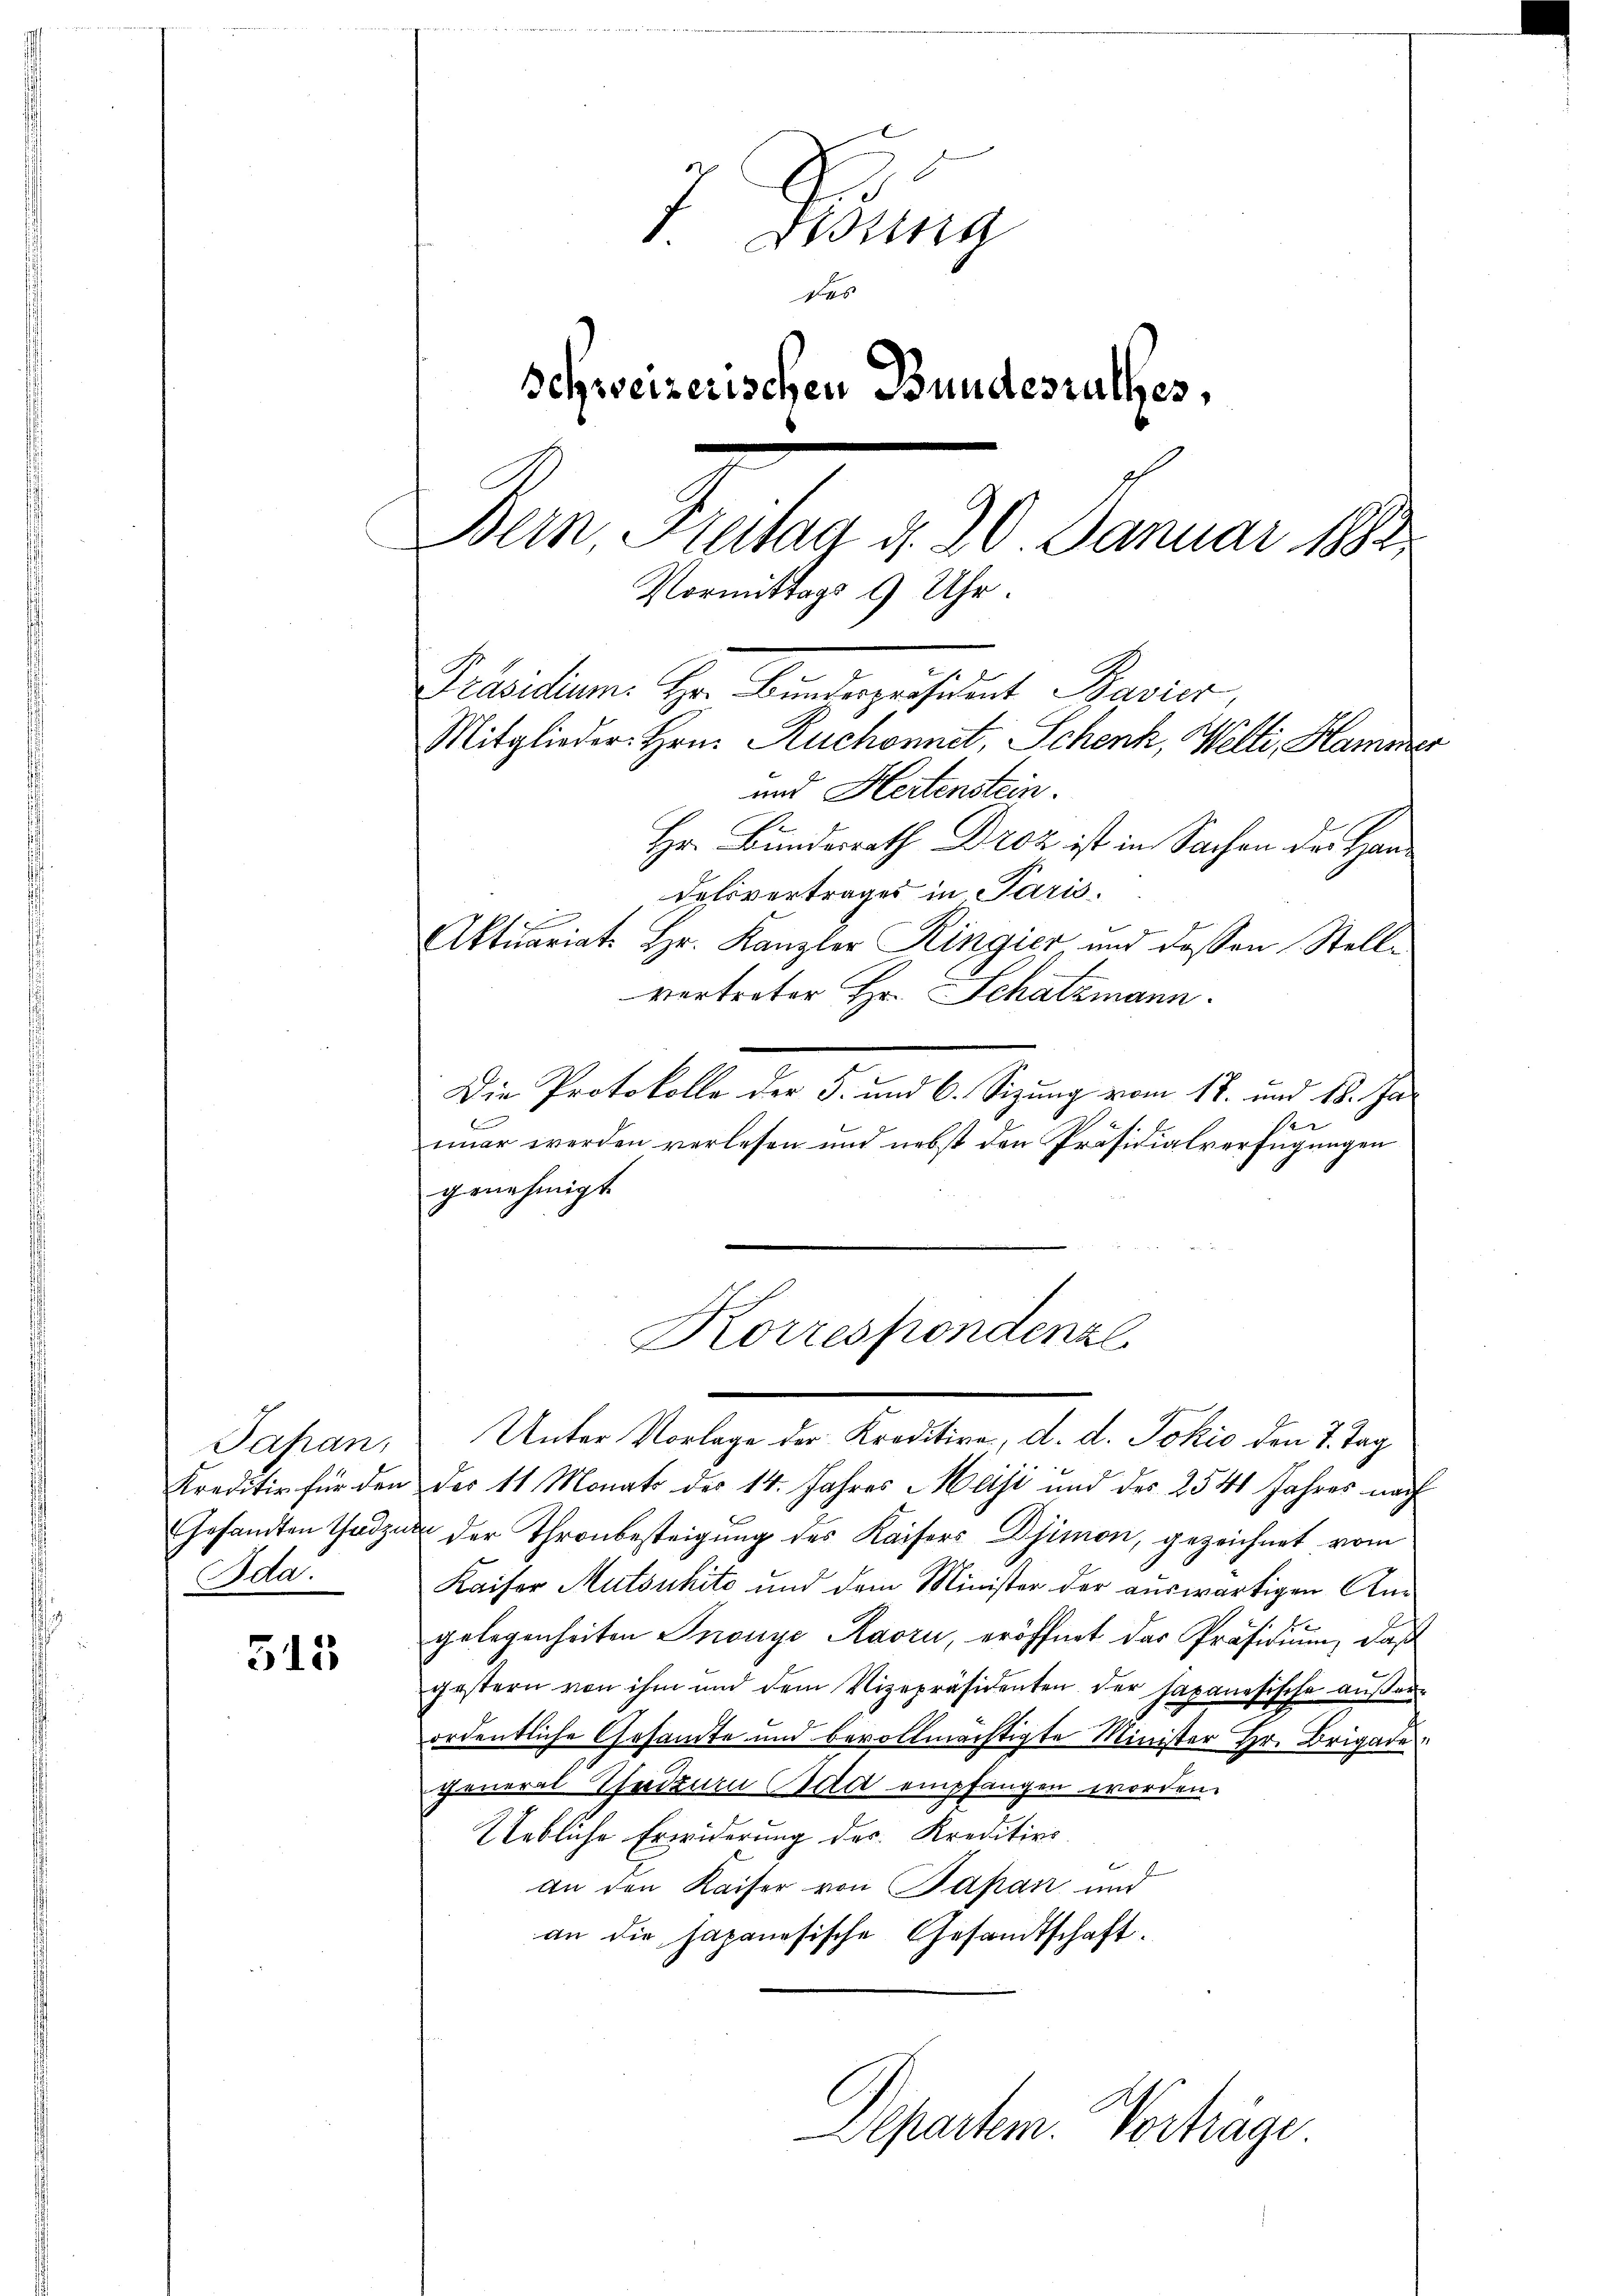
Japan,
Ida.

315

Ding
das
Schweizerischen Bundesrathes,
Bern, Freitag d. 30. Januar 1882
Vormittags 9 Uhr.
Präsidium. Hr. Bindepaesident Bavier,
Mitglieder Hrn. Ruchonnet, Schenk, Welti, Hammer
und Hertenstein.

Hr. Bundesrath Droz ist in Sachen der Handelsvertrages in Paris.
Aktuariat Hr. Kanzler Ringier und dessen Stellvertreter Hr. Schatzmann.
Die Protokolle der 5. und 6. Sizung vom 17. und 18. Jaimar werden verlesen und nebst den Präsidialverfügungen
genehmigt.
Unter Vorlage der Kreditire, d. d. Jokić den 7. Tag
Kreditiv für den der 11 Monats des 14. Jahres Maji und des 2541 Jahres nach
Gesandten Gadzug der Thronbesteigung des Kaisers Djimon, gezeichnet vom
Kaiser Mutsuhito und dem Minister der auswärtigen Anx
gelegenheiten Inonye Kaorn, eröffnet das Präsidium, daß
gestern von ihm und dem Vizepräsidenten der Japanesische außerordentliche Gesamte und bevollmächtigte Minister Hr. Brigade
general Thedzum ad empfangen worden.
Uebliche Erwiderung des Kreditirs
An den Kaiser von Papan und
an die Japanesische Gesandtschaft.

Korrespondenzl

Separtem. Vorträge